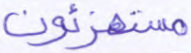
مستهزئون